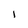
Character: 1